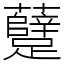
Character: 躠